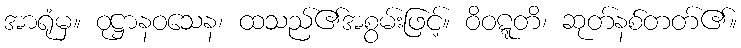
အာရုံမှ။ ဝုဋ္ဌာနဝသေန၊ ထသည်၏အစွမ်းဖြင့်။ ဝိဝဋ္ဋတိ၊ ဆုတ်နစ်တတ်၏။